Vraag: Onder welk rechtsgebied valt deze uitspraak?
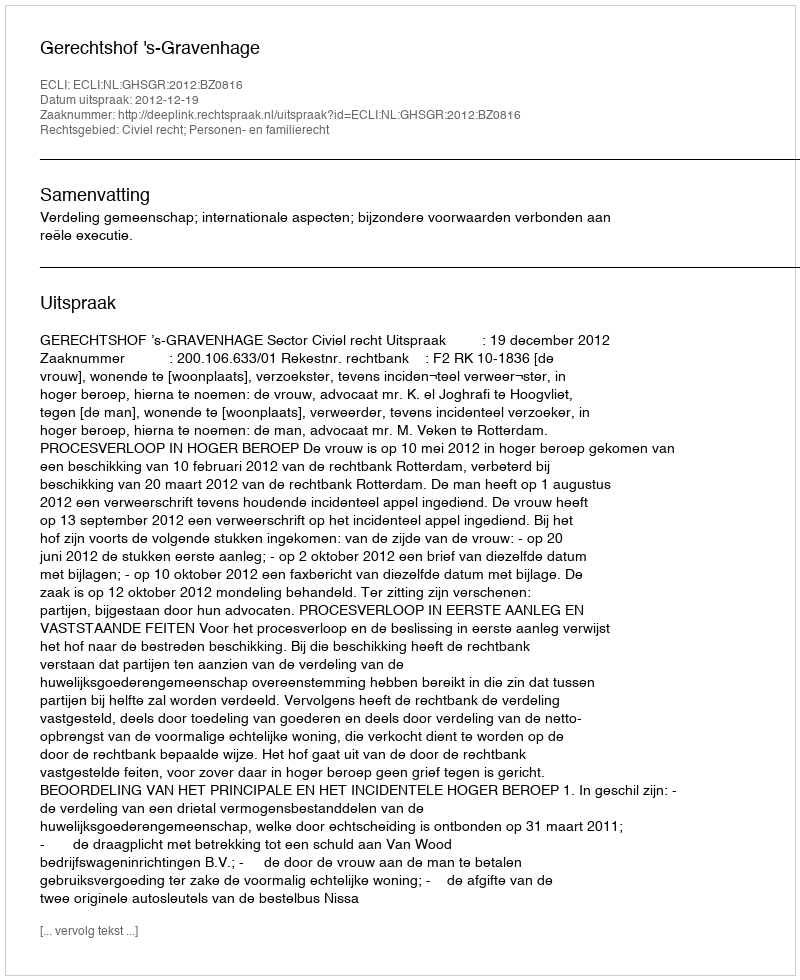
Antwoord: Civiel recht; Personen- en familierecht